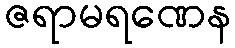
ဇရာမရဏေန